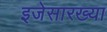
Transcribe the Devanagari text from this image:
इजेसारख्या